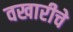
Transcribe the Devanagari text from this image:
वखारीचे